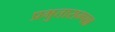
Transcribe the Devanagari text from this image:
प्रभुतासम्पन्न